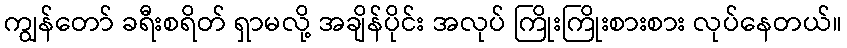
ကျွန်တော် ခရီးစရိတ် ရှာမလို့ အချိန်ပိုင်း အလုပ် ကြိုးကြိုးစားစား လုပ်နေတယ်။